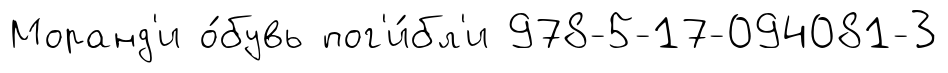
Моранд'и о́бувь пог'и́бл'и 978-5-17-094081-3